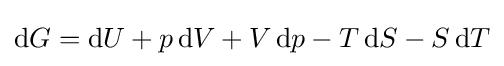
\mathrm {d} G=\mathrm {d} U+p\,\mathrm {d} V+V\,\mathrm {d} p-T\,\mathrm {d} S-S\,\mathrm {d} T